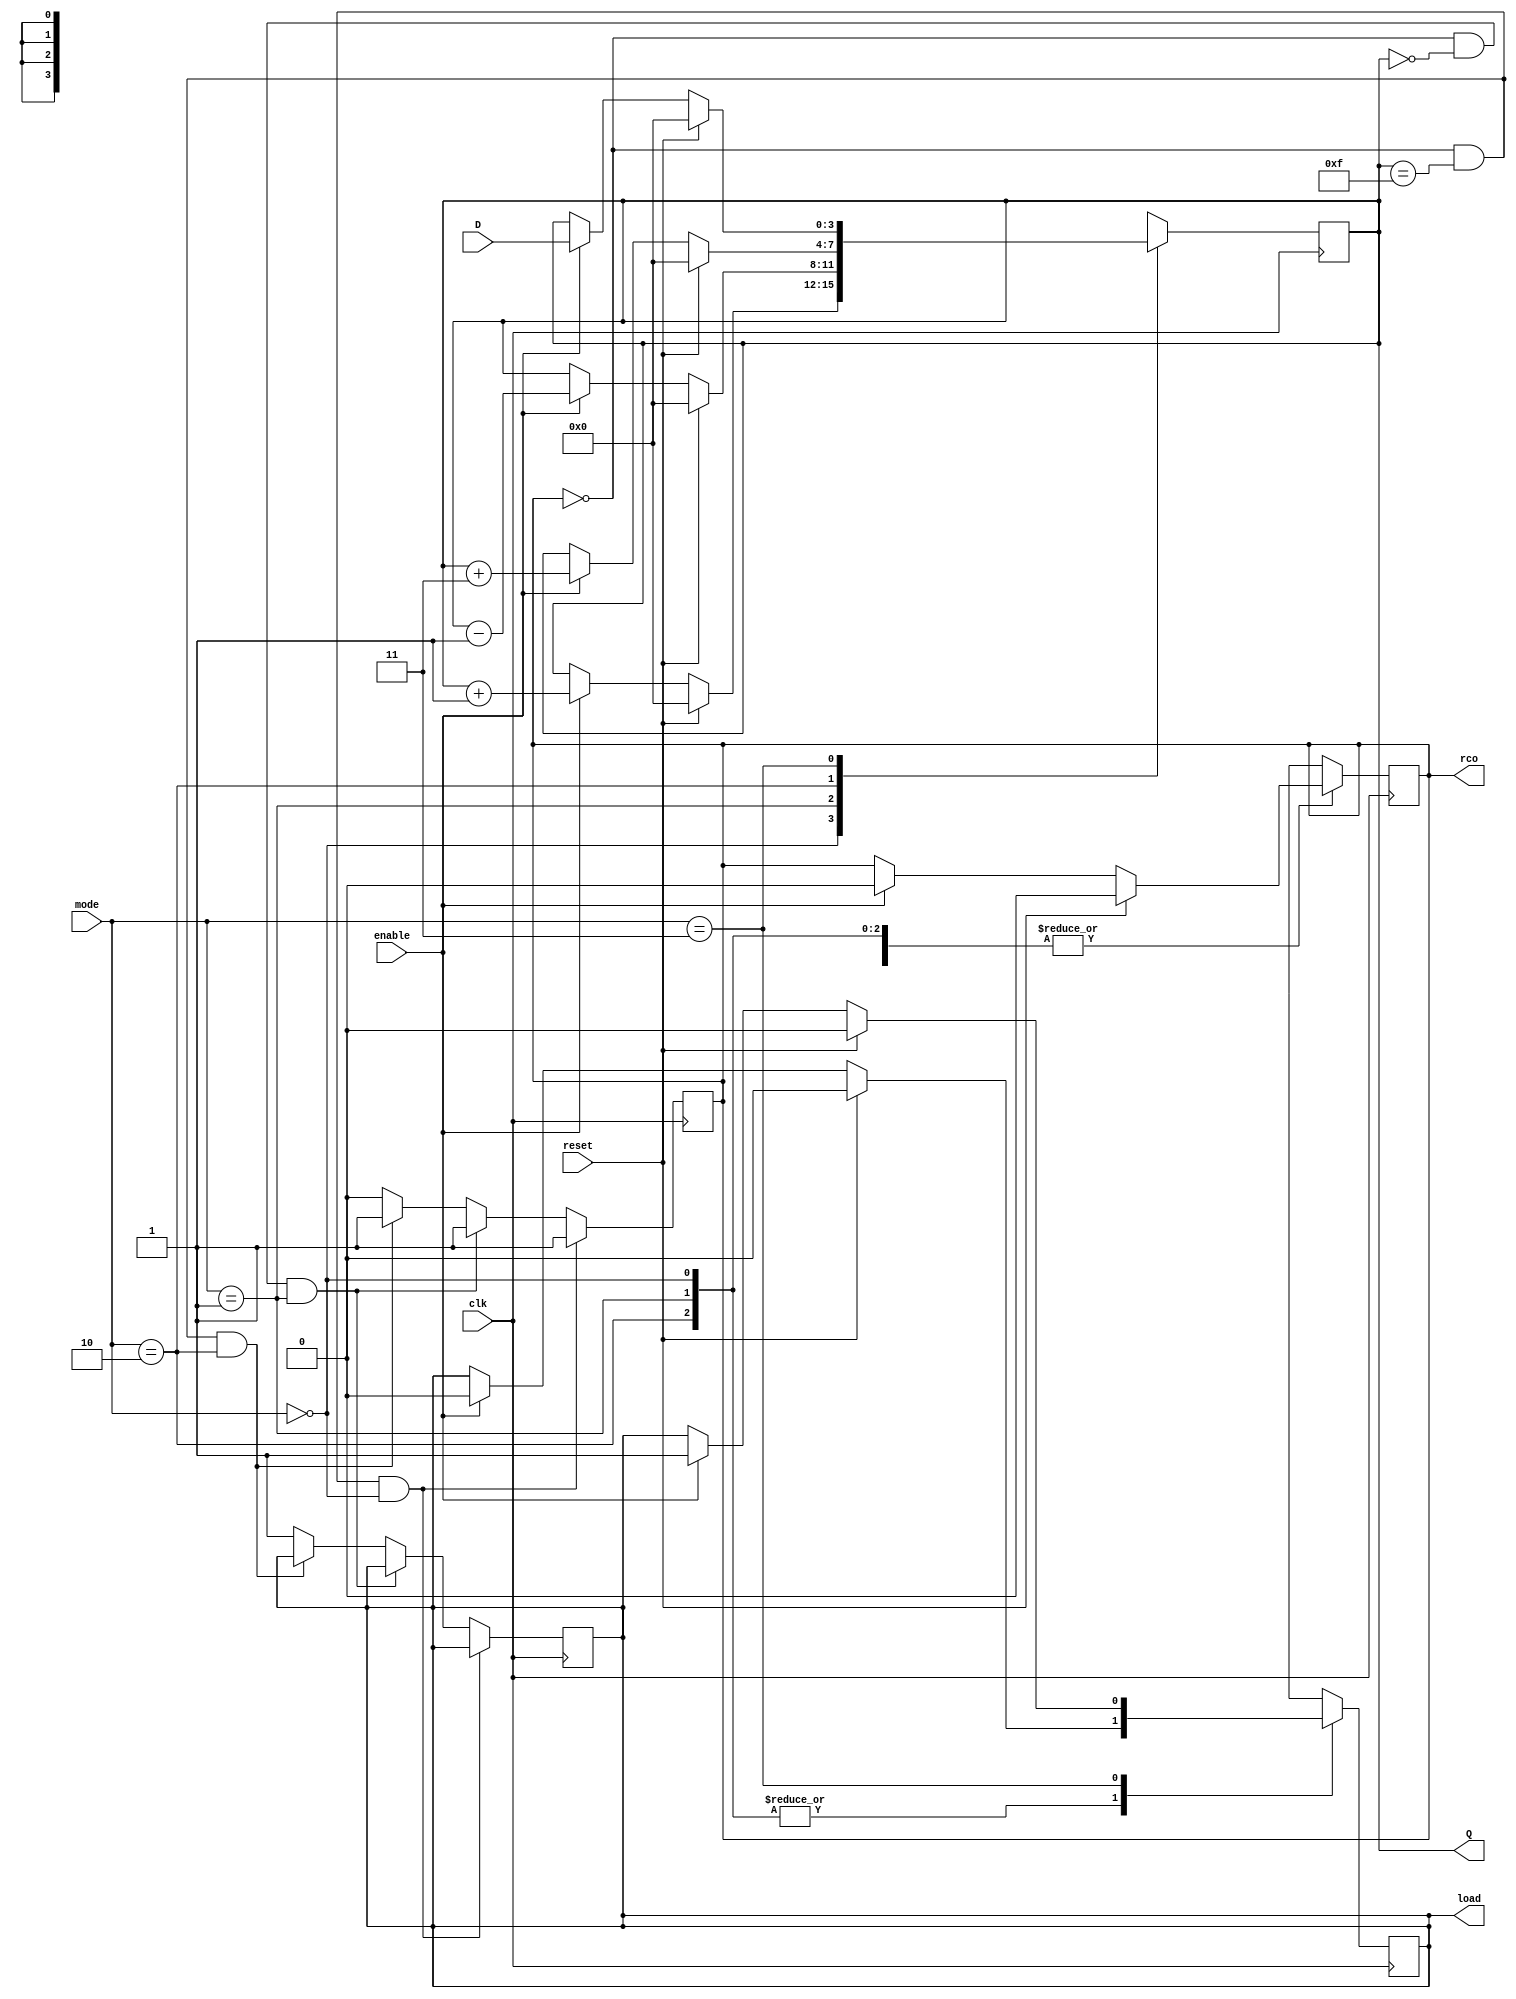
// -----------------------------------------------
// Contador 4 bits 
// -----------------------------------------------
// Entradas: enable,clk,reset,mode,D
// Salida: load,rco,Q

module contador(
	input enable, 
	input clk, 
	input reset, 
	input [1:0] mode,
	input [3:0] D,
	output reg load,
	output reg rco,
 	output reg [3:0] Q
);		
initial Q = 0;
always @ (negedge clk) begin
	if (rco == 0 && Q  == 4'b1111  && mode == 0) begin
		rco = 1;
	end else if (rco == 0 && Q  == 4'b0000  && mode == 1) begin
		rco = 1;
	end else if (rco == 0 && Q  == 4'b1111  && mode == 2) begin
		rco = 1;
	end else begin
		rco = 0;
		load = 1;
	end
end
always @ (posedge clk) begin
	case(mode)
      		2'b00    : begin
				if(reset == 1) begin
					load = 0;
					rco  = 0;
					Q    = 0;
				end else begin 
					if(enable == 1) begin
						Q = Q + 1'b1;
						load = 0;
						if (Q == 4'b1111)
							rco = 0;
						else 
							rco = 0;
					end 
				end
			end
		
      		2'b01    : begin 

				if(reset == 1) begin
					load = 0;
					rco  = 0;
					Q    = 0;
				end else begin 
					if(enable == 1) begin
						Q = Q - 1'b1;
						load = 0;
						if (Q == 0)
							rco = 0;
						else 
							rco = 0;
					end
				end 
			end
			2'b10 	: begin
				if(reset == 1) begin
					load = 0;
					rco  = 0;
					Q    = 0;
				end else begin 
					if(enable == 1) begin
						Q = Q + 2'b11;
						load = 0;
						if (Q == 4'b1111)
							rco = 0;
						else 
							rco = 0;
					end
				end 
			end
			2'b11 	: begin
				if(reset == 1) begin
						load = 0;
						rco  = 0;
						Q    = 0;
					end else begin 
						if(enable == 1) begin
							Q = D;
							load = 1;
							rco = 0;
					end 
				end
			end

    	endcase
end
endmodule